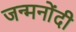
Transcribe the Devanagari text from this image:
जन्मनोंदी